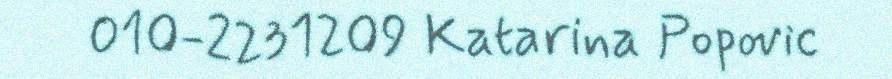
010-2231209 Katarina Popovic